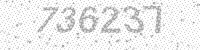
Solution: 736237